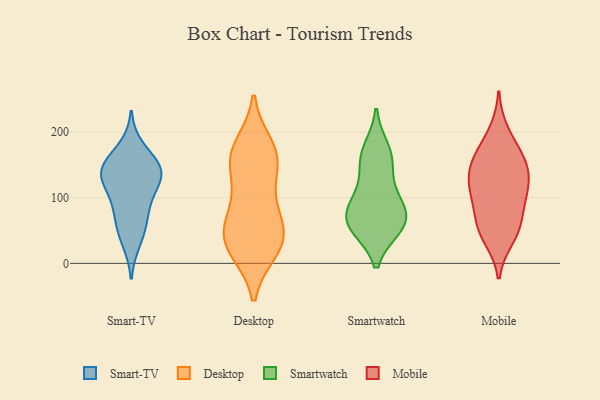
{"axis": {"x": "Temperature (°C)", "y": "Value"}, "legend": ["Desktop", "Mobile", "Smart-TV", "Smartwatch"], "data": [{"x": "", "y": 176, "type": "Smart-TV"}, {"x": "", "y": 67, "type": "Smart-TV"}, {"x": "", "y": 33, "type": "Smart-TV"}, {"x": "", "y": 149, "type": "Smart-TV"}, {"x": "", "y": 141, "type": "Smart-TV"}, {"x": "", "y": 93, "type": "Smart-TV"}, {"x": "", "y": 101, "type": "Smart-TV"}, {"x": "", "y": 137, "type": "Smart-TV"}, {"x": "", "y": 142, "type": "Smart-TV"}, {"x": "", "y": 55, "type": "Smart-TV"}, {"x": "", "y": 128, "type": "Smart-TV"}, {"x": "", "y": 141, "type": "Smart-TV"}, {"x": "", "y": 178, "type": "Desktop"}, {"x": "", "y": 22, "type": "Desktop"}, {"x": "", "y": 46, "type": "Desktop"}, {"x": "", "y": 148, "type": "Desktop"}, {"x": "", "y": 165, "type": "Desktop"}, {"x": "", "y": 37, "type": "Desktop"}, {"x": "", "y": 165, "type": "Desktop"}, {"x": "", "y": 53, "type": "Desktop"}, {"x": "", "y": 91, "type": "Desktop"}, {"x": "", "y": 153, "type": "Desktop"}, {"x": "", "y": 21, "type": "Desktop"}, {"x": "", "y": 35, "type": "Desktop"}, {"x": "", "y": 88, "type": "Desktop"}, {"x": "", "y": 103, "type": "Smartwatch"}, {"x": "", "y": 55, "type": "Smartwatch"}, {"x": "", "y": 151, "type": "Smartwatch"}, {"x": "", "y": 57, "type": "Smartwatch"}, {"x": "", "y": 80, "type": "Smartwatch"}, {"x": "", "y": 61, "type": "Smartwatch"}, {"x": "", "y": 174, "type": "Smartwatch"}, {"x": "", "y": 159, "type": "Smartwatch"}, {"x": "", "y": 94, "type": "Smartwatch"}, {"x": "", "y": 61, "type": "Smartwatch"}, {"x": "", "y": 108, "type": "Mobile"}, {"x": "", "y": 39, "type": "Mobile"}, {"x": "", "y": 166, "type": "Mobile"}, {"x": "", "y": 125, "type": "Mobile"}, {"x": "", "y": 57, "type": "Mobile"}, {"x": "", "y": 62, "type": "Mobile"}, {"x": "", "y": 143, "type": "Mobile"}, {"x": "", "y": 165, "type": "Mobile"}, {"x": "", "y": 99, "type": "Mobile"}, {"x": "", "y": 130, "type": "Mobile"}, {"x": "", "y": 153, "type": "Mobile"}, {"x": "", "y": 49, "type": "Mobile"}, {"x": "", "y": 200, "type": "Mobile"}, {"x": "", "y": 100, "type": "Mobile"}]}